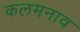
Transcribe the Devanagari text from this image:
कलमनाव